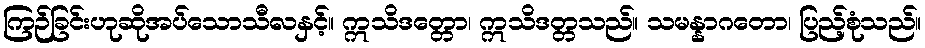
ကြဉ်ခြင်းဟုဆိုအပ်သောသီလနှင့်။ ဣသိဒတ္တော၊ ဣသိဒတ္တသည်။ သမန္နာဂတော၊ ပြည့်စုံသည်။